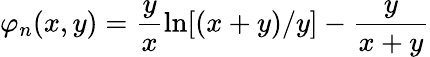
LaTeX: \varphi_{n}(x,y)=\frac{y}{x}\ln[(x+y)/y]-\frac{y}{x+y}